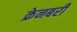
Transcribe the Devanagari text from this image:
क्रेनबरी